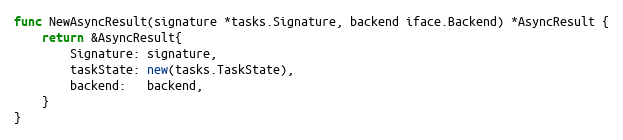
Language: Go
func NewAsyncResult(signature *tasks.Signature, backend iface.Backend) *AsyncResult {
	return &AsyncResult{
		Signature: signature,
		taskState: new(tasks.TaskState),
		backend:   backend,
	}
}